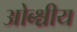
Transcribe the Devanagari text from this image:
ओब्श्चीय